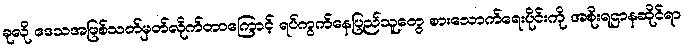
ခုလို ဒေသအဖြစ်သတ်မှတ်လိုက်တာကြောင့် ရပ်ကွက်နေပြည်သူတွေ စားသောက်ရေးပိုင်းကို အစိုးရဌာနဆိုင်ရာ